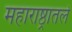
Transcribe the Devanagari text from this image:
महाराष्ठ्रातले